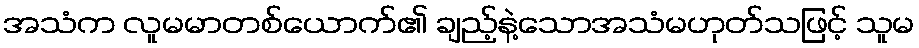
အသံက လူမမာတစ်ယောက်၏ ချည့်နဲ့သောအသံမဟုတ်သဖြင့် သူမ